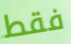
فقط